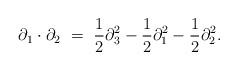
LaTeX: \begin{align*}\partial_1\cdot\partial_2\ =\ \frac{1}{2}\partial_3^2-\frac{1}{2}\partial_1^2-\frac{1}{2}\partial_2^2.\end{align*}